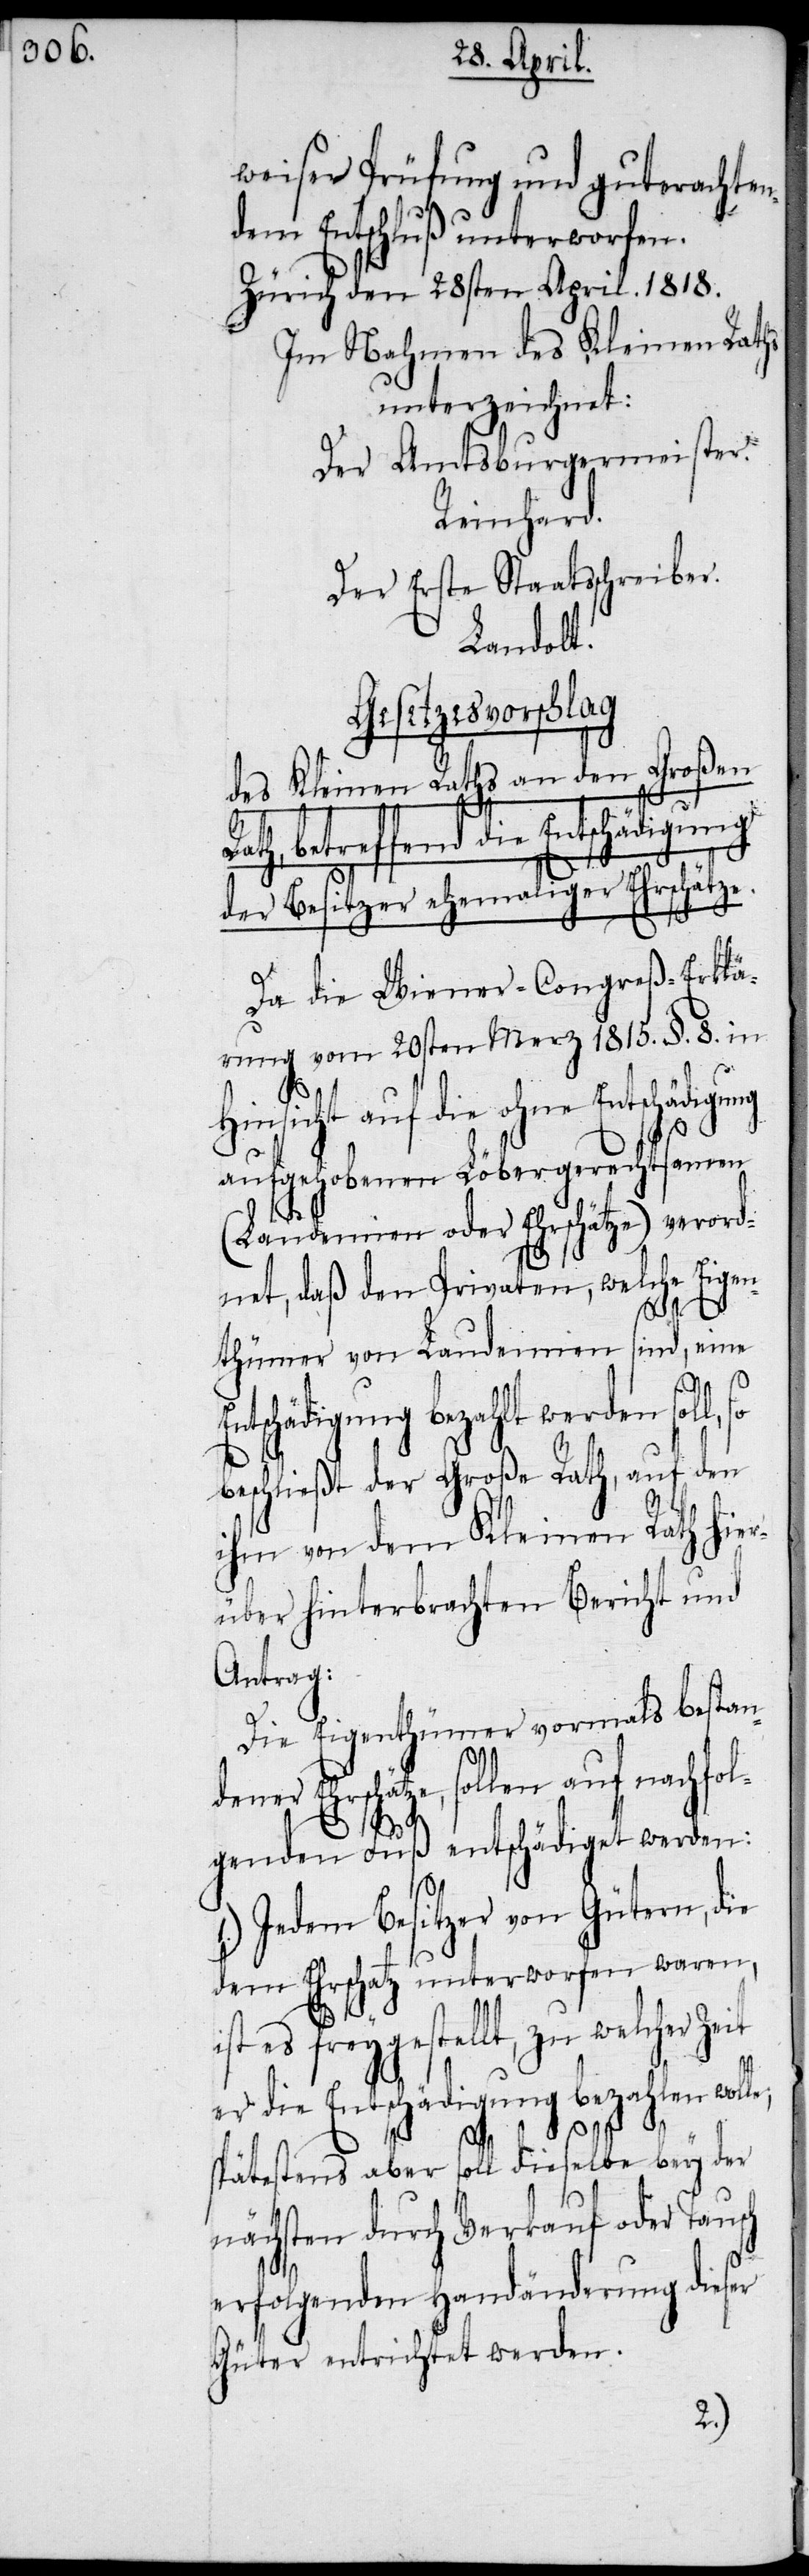
weiser Prüfung und guterachten¬
dem Entschluß unterworfen.
Zürich den 28sten April. 1818.
Im Nahmen des Kleinen Raths
unterzeichnet:
Der Amtsburgermeister.
Reinhard.
Der Erste Staatsschreiber.
Landolt.
Gesetzesvorschlag
des Kleinen Raths an den Großen
betreffend die Entschädigung
der Besitzer ehemaliger Ehrschätze.
Da die Wiener-Congreß-Erklä¬
rung vom 20sten Merz 1815. §. 8. in
Hinsicht auf die ohne Entschädigung
aufgehobenen Löbergerechtsamen
(Laudemien oder Ehrschätze) verord¬
net, daß den Privaten, welche Eigen¬
thümer von Laudemien sind, eine
Entschädigung bezahlt werden soll,
beschließt der Große Rath, auf den
ihm von dem Kleinen Rath hier¬
über hinterbrachten Bericht und
Antrag:
Die Eigenthümer vormals bestand¬
ener Ehrschätze, sollen auf nachfol¬
genden Fuß entschädiget werden:
1.)
Jedem Besitzer von Gütern, die
dem Ehrschatz unterworfen waren,
st es freygestellt, zu welcher Ze¬
er die Entschädigung bezahlen wolle;
i¬
sch
spätestens aber soll dieselbe bey der
nächsten durch Verkauf oder Tau¬
erfolgenden Handänderung dieser
Güter entrichtet werden.